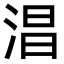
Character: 淐